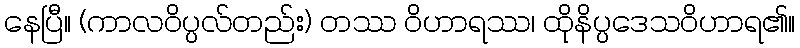
နေပြီ။ (ကာလဝိပ္ပလ်တည်း) တဿ ဝိဟာရဿ၊ ထိုနိပ္ပဒေသဝိဟာရ၏။